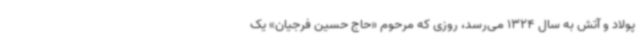
پولاد و آتش به سال 1324 می‌رسد، روزی که مرحوم «حاج حسین فرجیان» یک